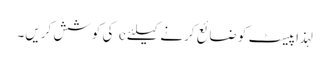
لہذا پیسٹ کو ضائع کرنے کیلئے c کی کوشش کریں۔